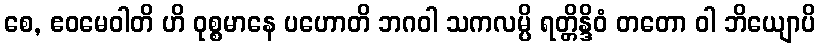
စေ, ဧဝမေဝါတိ ဟိ ဝုစ္စမာနေ ပဟောတိ ဘဂဝါ သကလမ္ပိ ရတ္တိန္ဒိဝံ တတော ဝါ ဘိယျောပိ